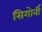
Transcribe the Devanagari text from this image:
सिगोर्नी